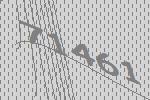
71461